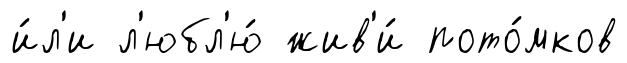
и́л'и л'юбл'ю́ жив'и́ пото́мков